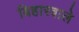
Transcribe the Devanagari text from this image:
बिहारवाले